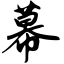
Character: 幕